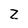
Character: z